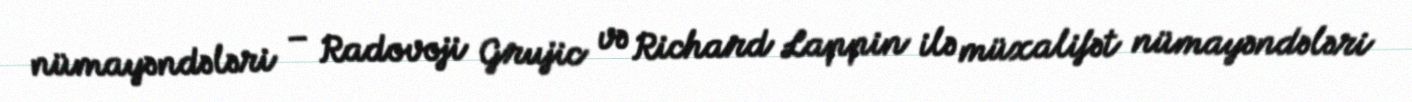
nümayəndələri – Radovoji Grujic və Richard Lappin ilə müxalifət nümayəndələri